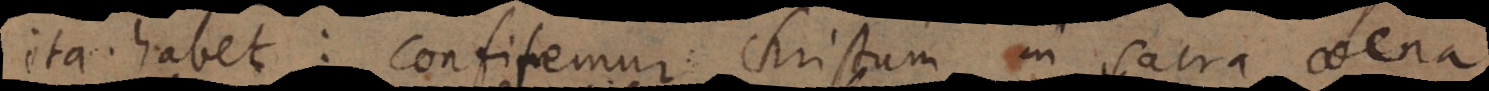
ita habet: Confitemur Christum in sacra coena